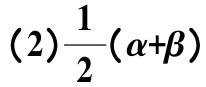
(2)$\frac{1}{2}(\alpha+\beta)$